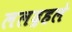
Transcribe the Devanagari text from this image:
ललद्रहले